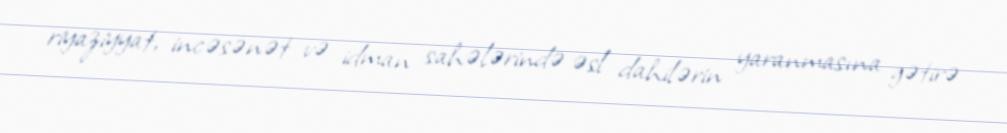
riyaziyyat, incəsənət və idman sahələrində əsl dahilərin yaranmasına gətirə